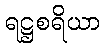
ရဋ္ဌစရိယာ